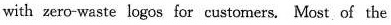
with zero-waste logos far customers. Most, of the